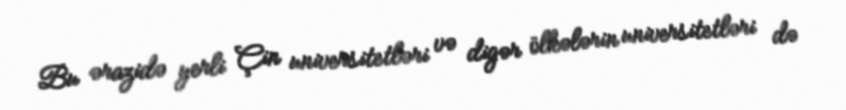
Bu ərazidə yerli Çin universitetləri və digər ölkələrin universitetləri də